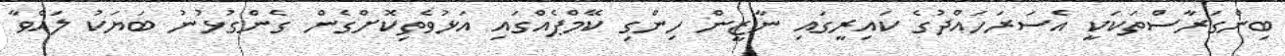
ބިންގަރާސްތަކަކީ އެސަރަހައްދުގެ ކައިރީގައި ނާޒީން ހިންގި ކޭމްޕެއްގައި އަޅުވެތިކޮށްގެން ގެންގުޅުނު ބަޔަކު ލައްވާ